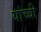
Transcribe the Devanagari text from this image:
यांच्यी